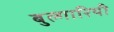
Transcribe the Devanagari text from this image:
बुल्गारियी